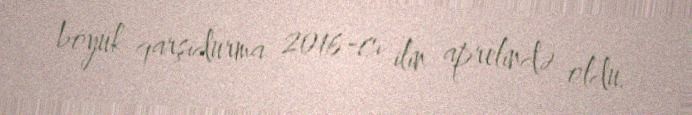
böyük qarşıdurma 2016-cı ilin aprelində oldu.